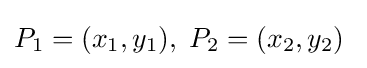
P_{1}=(x_{1},y_{1}),\;P_{2}=(x_{2},y_{2})\